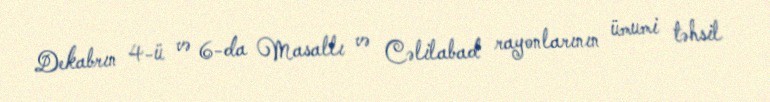
Dekabrın 4-ü və 6-da Masallı və Cəlilabad rayonlarının ümumi təhsil